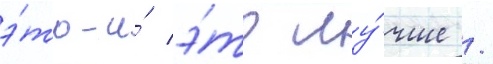
э́то-и́ э́то лу́чше /